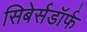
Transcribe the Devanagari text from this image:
सिबेर्सडॉर्फ